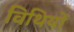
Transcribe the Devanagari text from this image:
विथियों